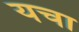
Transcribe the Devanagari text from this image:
यचा